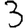
Digit: 3